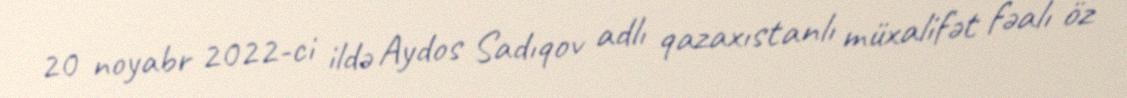
20 noyabr 2022-ci ildə Aydos Sadıqov adlı qazaxıstanlı müxalifət fəalı öz